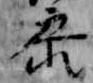
参